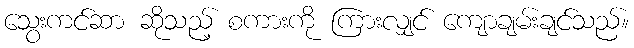
သွေးကင်ဆာ ဆိုသည့် စကားကို ကြားလျှင် ကျောချမ်းချင်သည်။